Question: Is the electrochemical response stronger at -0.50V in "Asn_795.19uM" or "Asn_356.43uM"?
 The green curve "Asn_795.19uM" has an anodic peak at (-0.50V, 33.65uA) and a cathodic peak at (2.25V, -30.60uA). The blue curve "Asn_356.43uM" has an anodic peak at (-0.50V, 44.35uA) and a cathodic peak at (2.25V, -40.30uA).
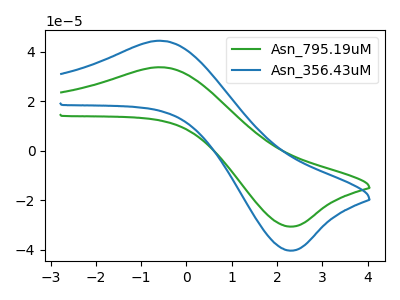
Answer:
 <answer>The peak at -0.50V is lower in "Asn_795.19uM" than in "Asn_356.43uM".</answer>
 <eval>lower</eval>